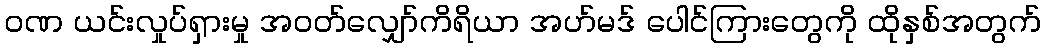
ဝဏ ယင်းလှုပ်ရှားမှု အဝတ်လျှော်ကိရိယာ အဟ်မဒ် ပေါင်ကြားတွေကို ထိုနှစ်အတွက်